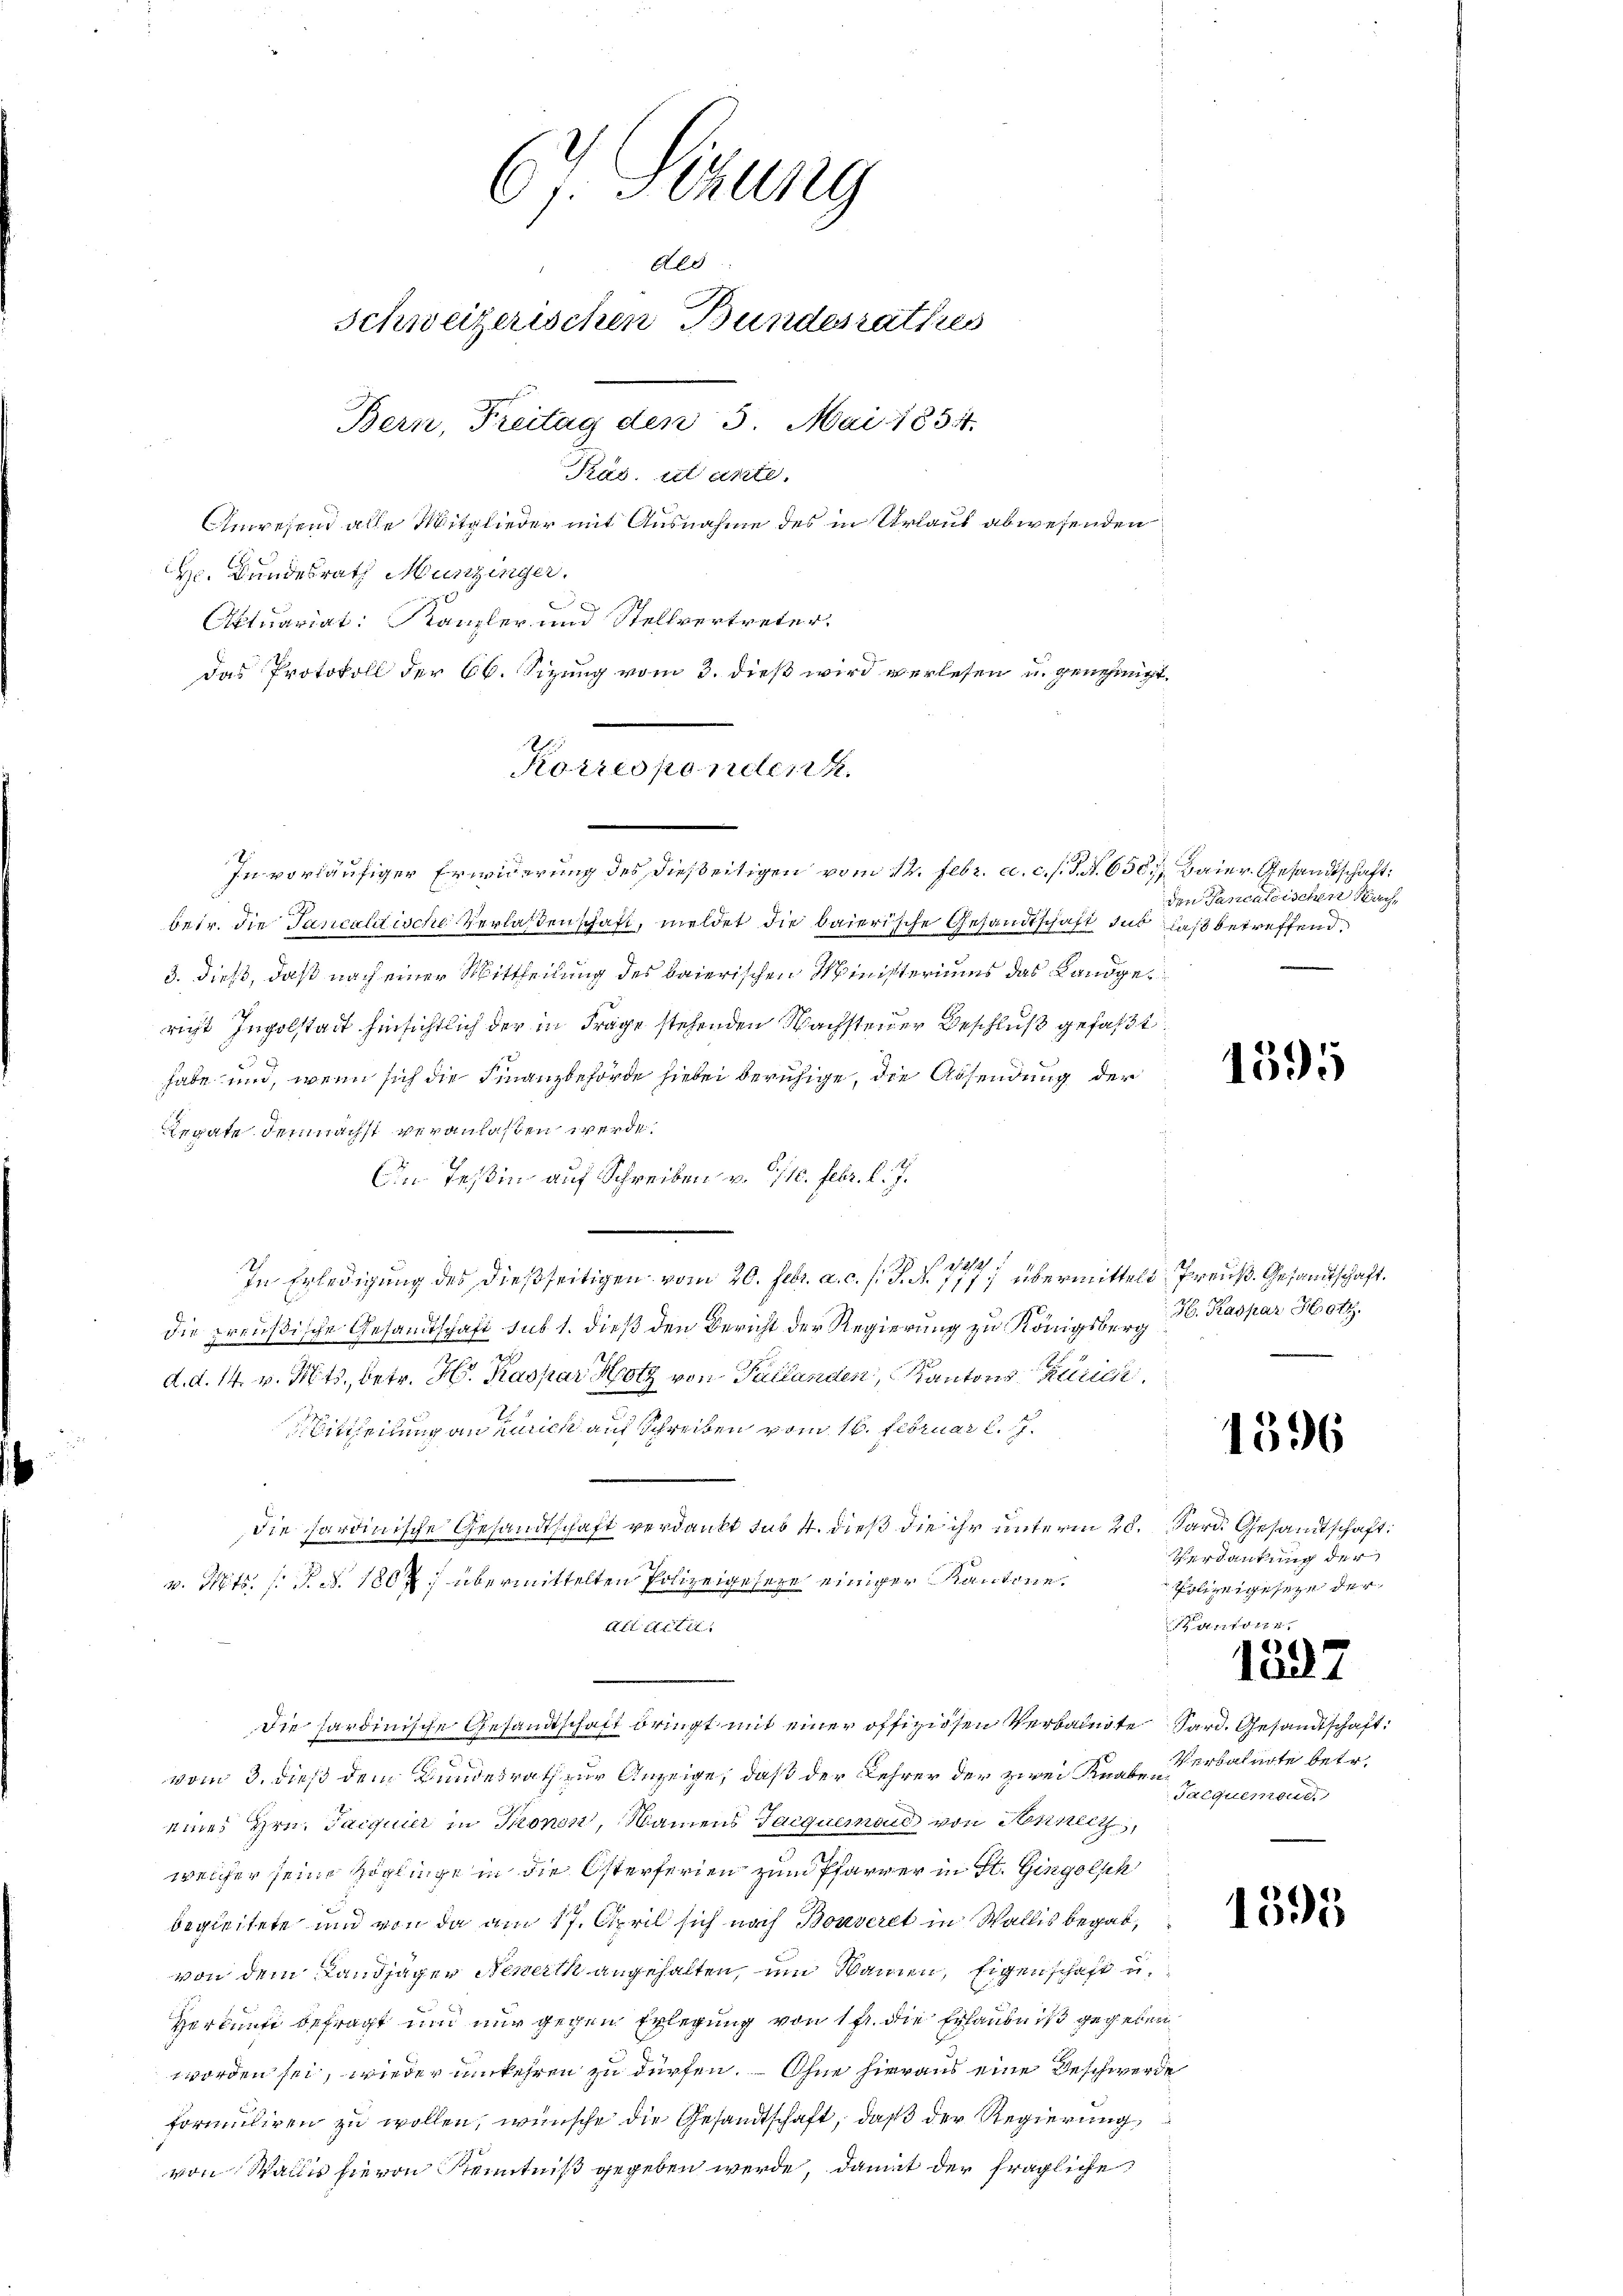
6 Sizung
des
Schweizerischen Bundesrathus
Bern, Freitag den 5. Mai 1854.
Präs. stante.
Anwesend alle Mitglieder mit Ausnahme des in Urlaut abwesenden

Hr. Bundesrath Munzinger.
Aktuariat: Kanzler und Stellvertreter.
Das Protokoll der 66. Sizung vom 3. dieß wird verlesen u. genehmigt,
betr. die Tancalitische Verlassenschaft, meldet die baierische Gesandtschaft sub das betreffend,
3. dieß, daß nach einer Mittheilung des baierischen Ministeriums das Landgericht Ingolstadt hinsichtlich der in Frage stehenden Wachstener Beschluß gefaßt
habe und, wenn sich die Finanzbehörde hiebei beruhige, die Absendung der
Regate demnächst veranlassen werde.
An Tessin auf Schreiben v. 6/10. Febr. l. J.
212
In Erledigung des dießseitigen vom 20. Febr. a. c. s. S. A. 777 übermittelt Preuß. Gesandtschaft.
die preußische Gesandtschaft sub 1. dieß den Bericht der Regierung zu Königsberg
d. d. 14. v. Mts., betr. H. Kaspar Hotz von Pallanden, Kantons Zürich
Bittheilung an Zürich auf Schreiben vom 16. Februar l. J.
e
Die sardinische Gesandtschaft verdankt sub 4. dieß die ihr unterm 20. Sard. Gesandtschaft
v. Mts. f. P. d. 1804 übermittelten Polizeigesetze einiger Kantone.
Alt citie
Die hardinische Gesandtschaft bringt mit einer offiziösen Verbante Sard. Gesandtschaft
vom 3. dieß dem Bundesrath zur Anzeige, daß der Lehrer der zwei Knabe erbatirte betr.
eines Hrn. Taiquier in Thonon, Namens Jacquemonie von Anneig
welcher seine Zöglinge in die Osterferien zum Pfarrer in St. Gingolsh
begleitete und von da am 17. April sich nach Bonveret in Wallis begab,
von dem Landjäger Neuerth angehalten, um Namen, Eigenschaft u.
Herkunft befragt und nur gegen Erlegung von 1fr. die Erlaubniß gegeben
worden sei, wieder umkehren zu dürfen. Ohne hieraus eine Beschwerde
formuliren zu wollen, wünsche die Gesandtschaft, daß der Regierung,
von Wallis hievon Kenntniß gegeben werde, damit der fragliche

Korrespondenk
In vorläufiger Erwiderung des dießeitigen vom 12. Febr. a. c. s. S. N. 650 Baier. Gesandtschaft:

den Pasicalischen Nach

1595

H. Kaspar Hot

1596

Verdankung der
Patiengeseze der
antone,
1897
Talquemend.

1595